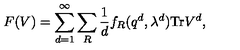
F ( V ) = \sum _ { d = 1 } ^ { \infty } \sum _ { R } { \frac { 1 } { d } } f _ { R } ( q ^ { d } , \lambda ^ { d } ) \mathrm { T r } V ^ { d } ,